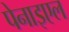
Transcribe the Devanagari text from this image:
पेनाइएल